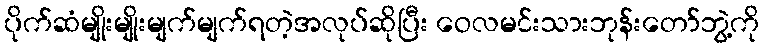
ပိုက်ဆံမျိုးမျိုးမျက်မျက်ရတဲ့အလုပ်ဆိုပြီး ဝေလမင်းသားဘုန်းတော်ဘွဲ့ကို